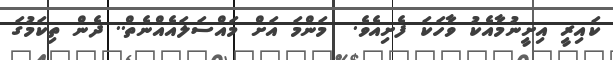
ކައިރީ އިށީނުމާއެކު ވާހަކަ ފެށިއެވެ.  މަންމަ އަށް މައްސަލައެއްނެތް.. ދެން ތިކަމުގަ